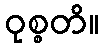
ဝုစ္စတိ။